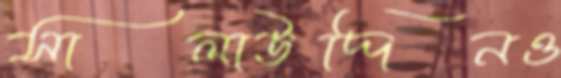
সালাউদ্দিনও